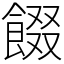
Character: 餟